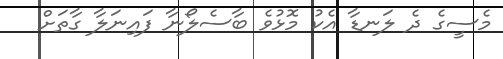
މެސީގެ ދެ ލަނޑާ އެކު މޮޅުވެ ބާސެލޯނާ ފައިނަލާ ގާތަށް